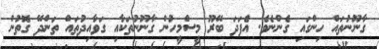
ގާނޫނުތައް ހިންގައި ގެންނެވެ. އެފަދަ ބޭރޫ މީސްމީހުން ގާނޫނުތަކާއި ގަވާއިދުތައް ތަންދޭ ގޮތުން